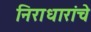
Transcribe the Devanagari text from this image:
निराधारांचे